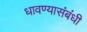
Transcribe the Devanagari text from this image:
धावण्यासंबंधी